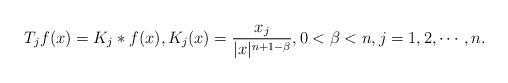
LaTeX: \begin{align*}T_jf(x)=K_j*f(x), K_j(x)=\frac{x_j}{|x|^{n+1-\beta}}, 0<\beta<n, j=1,2,\cdots, n.\end{align*}